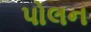
પોલન